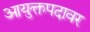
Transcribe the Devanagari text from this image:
आयुक्तपदावर